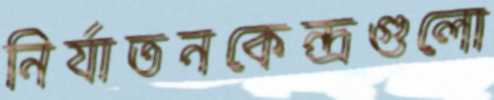
নির্যাতনকেন্দ্রগুলো